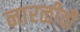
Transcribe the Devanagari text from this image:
नारळीची